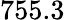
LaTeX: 755.3